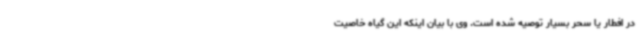
در افطار یا سحر بسیار توصیه شده است. وی با بیان اینکه این گیاه خاصیت